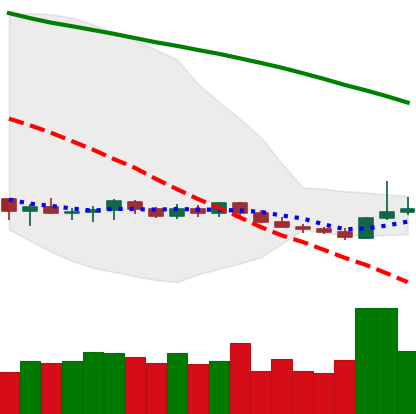
Ticker: XMR-USD
Chart end date: 2019-10-18
Forward return: -6.188%
Label: down_5_7